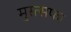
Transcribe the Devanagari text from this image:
मुस्त्सफा